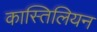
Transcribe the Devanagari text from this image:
कास्तिलियन